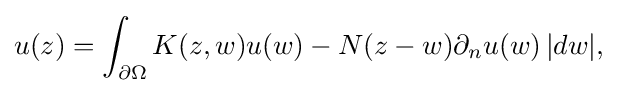
\displaystyle {u(z)=\int _{\partial \Omega }K(z,w)u(w)-N(z-w)\partial _{n}u(w)\,|dw|,}